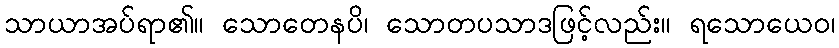
သာယာအပ်ရာ၏။ သောတေနပိ၊ သောတပသာဒဖြင့်လည်း။ ရသောယေဝ၊